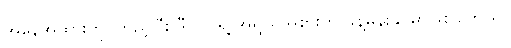
အနေအထားကို ကြည့်ပြီး ဒီဂြိုဟ်ရဲ့ အရွယ်အစားကို ခန့်မှန်းနိုင်မှာဖြစ်ပါတယ်။